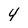
Character: 4